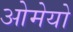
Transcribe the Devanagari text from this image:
ओमेयो